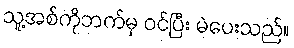
သူ့အစ်ကိုဘက်မှ ဝင်ပြီး မဲပေးသည်။